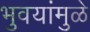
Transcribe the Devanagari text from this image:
भुवयांमुळे